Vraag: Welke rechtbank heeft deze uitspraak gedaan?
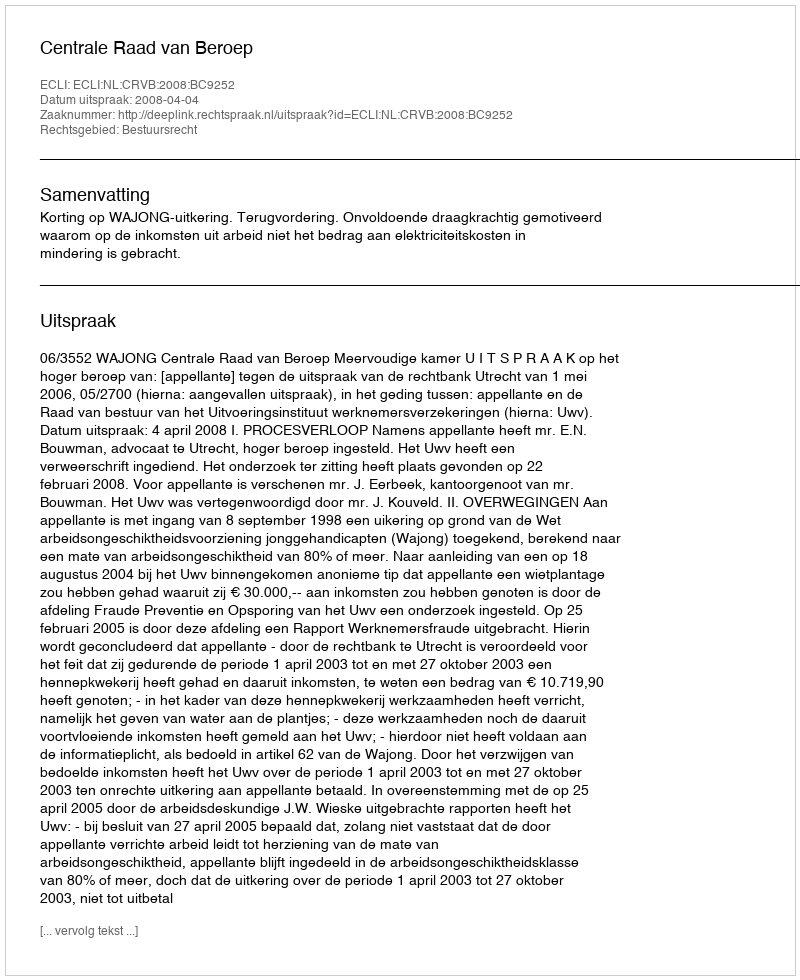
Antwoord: Centrale Raad van Beroep